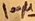
Text: 100µ